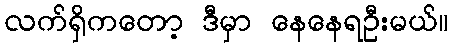
လက်ရှိကတော့ ဒီမှာ နေနေရဦးမယ်။